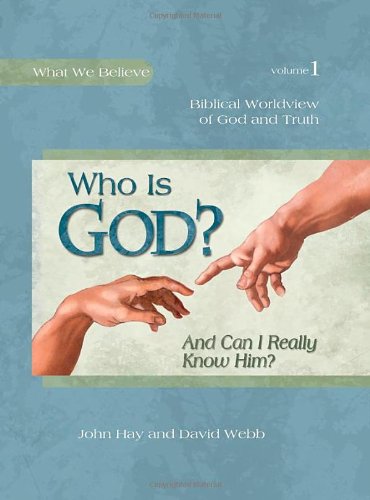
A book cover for Who Is God? (And Can I Really Know Him?) -- Biblical Worldview of God and Truth (What We Believe, Volume 1); John Hay; Christian Books & Bibles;